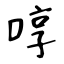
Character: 啍